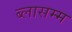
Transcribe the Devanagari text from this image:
ब्लासम्म